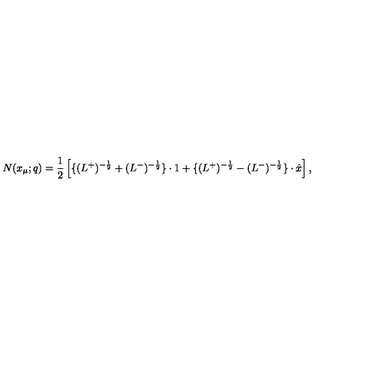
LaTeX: N ( x _ { \mu } ; q ) = \frac { 1 } { 2 } \left[ \{ ( L ^ { + } ) ^ { - \frac { 1 } { 2 } } + ( L ^ { - } ) ^ { - \frac { 1 } { 2 } } \} \cdot 1 + \{ ( L ^ { + } ) ^ { - \frac { 1 } { 2 } } - ( L ^ { - } ) ^ { - \frac { 1 } { 2 } } \} \cdot \hat { x } \right] ,